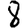
Digit: 8